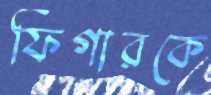
ফিগারকে